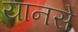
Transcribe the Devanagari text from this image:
यानसे